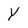
Character: Y